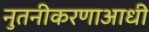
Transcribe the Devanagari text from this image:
नुतनीकरणाआधी